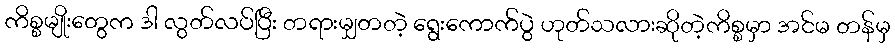
ကိစ္စမျိုးတွေက ဒါ လွတ်လပ်ပြီး တရားမျှတတဲ့ ရွေးကောက်ပွဲ ဟုတ်သလားဆိုတဲ့ကိစ္စမှာ အင်မ တန်မှ